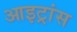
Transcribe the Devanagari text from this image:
आइट्रांस